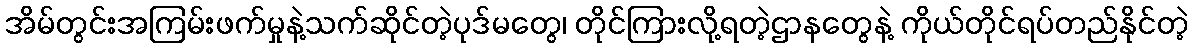
အိမ်တွင်းအကြမ်းဖက်မှုနဲ့သက်ဆိုင်တဲ့ပုဒ်မတွေ၊ တိုင်ကြားလို့ရတဲ့ဌာနတွေနဲ့ ကိုယ်တိုင်ရပ်တည်နိုင်တဲ့